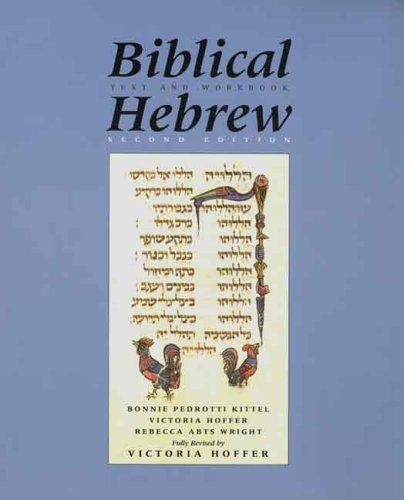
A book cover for Biblical Hebrew: Text and Workbook, 2nd Revised; Victoria Hoffer; Christian Books & Bibles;